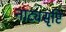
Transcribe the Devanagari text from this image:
नाट्यसृष्टि